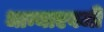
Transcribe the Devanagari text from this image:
धान्याएवजी